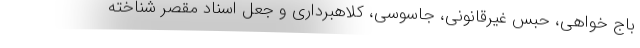
باج خواهی، حبس غیرقانونی، جاسوسی، کلاهبرداری و جعل اسناد مقصر شناخته